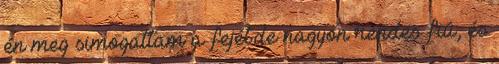
én meg simogattam a fejét.de nagyon rendes fiú, és